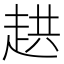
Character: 𮚸